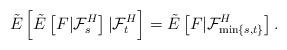
LaTeX: \begin{align*}\tilde{E}\left[\tilde{E}\left[ F|\mathcal{F}_{s}^{H}\right]|\mathcal F_t^H\right]=\tilde{E}\left[ F|\mathcal{F}_{\min\{s,t\}}^{H}\right].\end{align*}